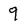
Character: 9